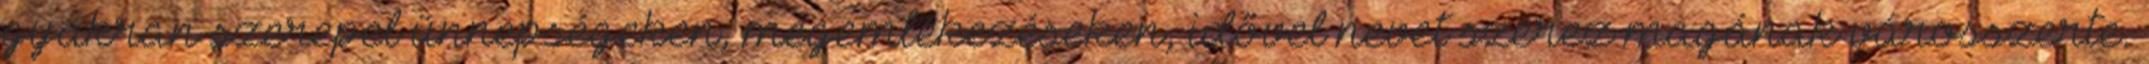
gyakran szerepel ünnepségeken, megemlékezéseken, idővel nevet szerez magának városszerte.